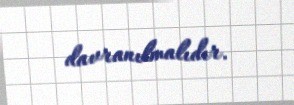
davranılmalıdır.